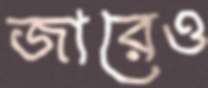
জারেও